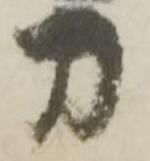
刀